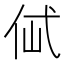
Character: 𰁶